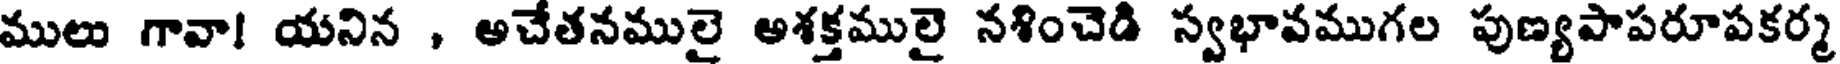
ములు గావా! యనిన , అచేతనములై అశక్తములై నశించెడి స్వభావముగల పుణ్యపాపరూపకర్మ